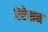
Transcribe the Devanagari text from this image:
ऐप्टेशन